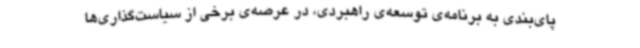
پای‌بندی به برنامه‌ی توسعه‌ی راهبردی، در عرصه‌ی برخی از سیاست‌گذاری‌ها